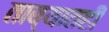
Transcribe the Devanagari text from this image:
ताब्यातही